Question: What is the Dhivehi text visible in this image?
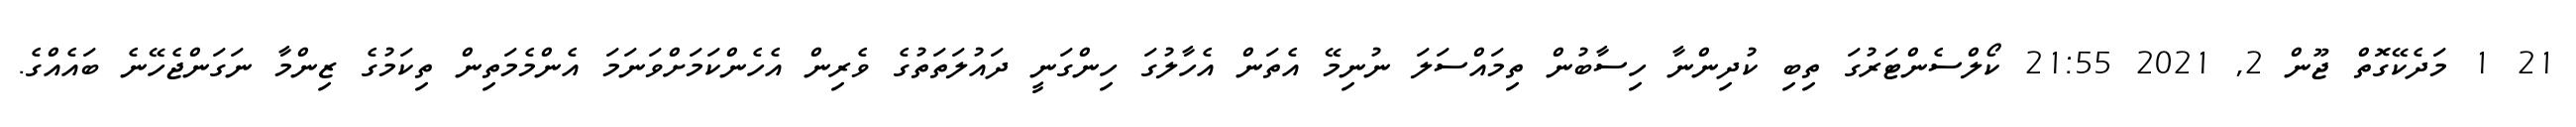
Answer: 21 1 މަދެކޭގޮތް ޖޫން 2, 2021 21:55 ކޯލްސެންޓަރުގަ ތިބި ކުދިންނާ ހިސާބުން ތިމައްސަލަ ނުނިމޭ އެތަން އެހާލުގަ ހިންގަނީ ދައުލަތަތުގެ ވެރިން އެހެންކަމަށްވަނަމަ އެންމެމަތިން ތިކަމުގެ ޒިންމާ ނަގަންޖެހޭނެ ބައެއްގެ.